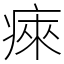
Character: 㾢